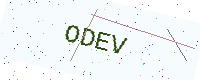
Text: ODEV